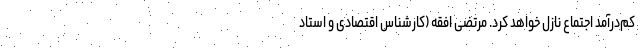
کم‌درآمدِ اجتماع نازل خواهد کرد. مرتضی افقه (کارشناس اقتصادی و استاد